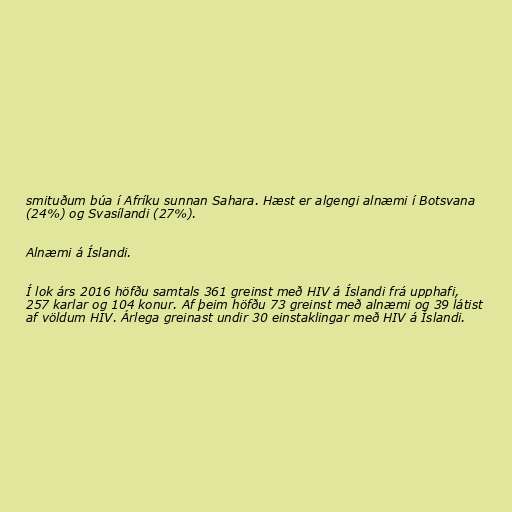
smituðum búa í Afríku sunnan Sahara. Hæst er algengi alnæmi í Botsvana
(24%) og Svasílandi (27%).

Alnæmi á Íslandi.

Í lok árs 2016 höfðu samtals 361 greinst með HIV á Íslandi frá upphafi,
257 karlar og 104 konur. Af þeim höfðu 73 greinst með alnæmi og 39 látist
af völdum HIV. Árlega greinast undir 30 einstaklingar með HIV á Íslandi.